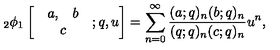
{ _ 2 } \phi _ { 1 } \left[ \begin{array} { c } { \begin{array} { c c } { a , } & { b } \\ \end{array} } \\ { c } \\ \end{array} ; q , u \right] = \sum _ { n = 0 } ^ { \infty } \frac { ( a ; q ) _ { n } ( b ; q ) _ { n } } { ( q ; q ) _ { n } ( c ; q ) _ { n } } u ^ { n } ,